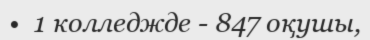
•  1 колледжде - 847 оқушы,